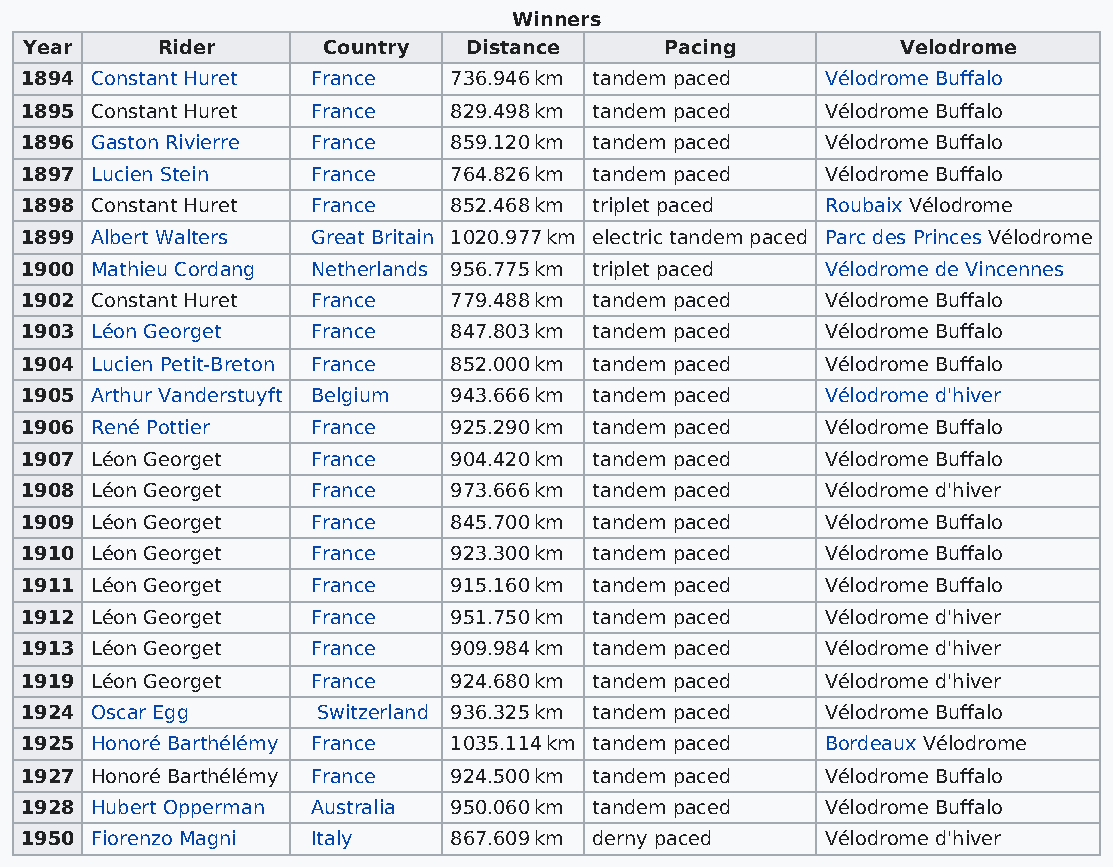
Winners
 Year    Rider      Country   Distance     Pacing          Velodrome
 1894 Constant Huret France   736.946 km tandem paced  Vélodrome Buffalo
 1895 Constant Huret France   829.498 km tandem paced  Vélodrome Buffalo
 1896 Gaston Rivierre France  859.120 km tandem paced  Vélodrome Buffalo
 1897 Lucien Stein   France   764.826 km tandem paced  Vélodrome Buffalo
 1898 Constant Huret France   852.468 km triplet paced Roubaix Vélodrome
 1899 Albert Walters Great Britain 1020.977 km electric tandem paced Parc des Princes Vélodrome
 1900 Mathieu Cordang Netherlands 956.775 km triplet paced Vélodrome de Vincennes
 1902 Constant Huret France   779.488 km tandem paced  Vélodrome Buffalo
 1903 Léon Georget   France   847.803 km tandem paced  Vélodrome Buffalo
 1904 Lucien Petit-Breton France 852.000 km tandem paced Vélodrome Buffalo
 1905 Arthur Vanderstuyft Belgium 943.666 km tandem paced Vélodrome d'hiver
 1906 René Pottier   France   925.290 km tandem paced  Vélodrome Buffalo
 1907 Léon Georget   France   904.420 km tandem paced  Vélodrome Buffalo
 1908 Léon Georget   France   973.666 km tandem paced  Vélodrome d'hiver
 1909 Léon Georget   France   845.700 km tandem paced  Vélodrome Buffalo
 1910 Léon Georget   France   923.300 km tandem paced  Vélodrome Buffalo
 1911 Léon Georget   France   915.160 km tandem paced  Vélodrome Buffalo
 1912 Léon Georget   France   951.750 km tandem paced  Vélodrome d'hiver
 1913 Léon Georget   France   909.984 km tandem paced  Vélodrome d'hiver
 1919 Léon Georget   France   924.680 km tandem paced  Vélodrome d'hiver
 1924 Oscar Egg      Switzerland 936.325 km tandem paced Vélodrome Buffalo
 1925 Honoré Barthélémy France 1035.114 km tandem paced Bordeaux Vélodrome
 1927 Honoré Barthélémy France 924.500 km tandem paced Vélodrome Buffalo
 1928 Hubert Opperman Australia 950.060 km tandem paced Vélodrome Buffalo
 1950 Fiorenzo Magni Italy    867.609 km derny paced   Vélodrome d'hiver